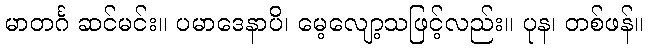
မာတင်္ဂ ဆင်မင်း။ ပမာဒေနာပိ၊ မေ့လျော့သဖြင့်လည်း။ ပုန၊ တစ်ဖန်။